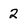
Character: 2